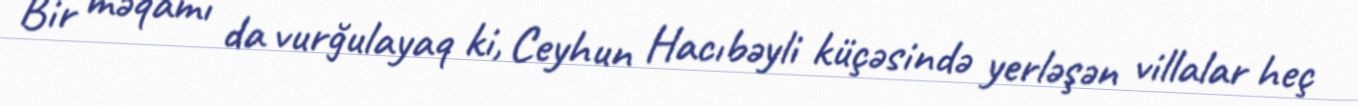
Bir məqamı da vurğulayaq ki, Ceyhun Hacıbəyli küçəsində yerləşən villalar heç